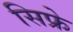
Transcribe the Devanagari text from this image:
सिफ्रे